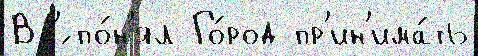
Вс'́ по́н'ял Го́род пр'ин'има́ть